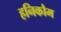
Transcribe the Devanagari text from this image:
हनिकौम